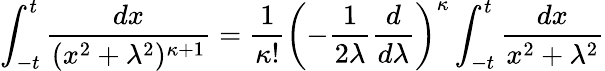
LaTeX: \int_{-t}^{t}\frac{dx}{(x^{2}+\lambda^{2})^{\kappa+1}}=\frac{1}{\kappa!}\left(-\frac{1}{2\lambda}\frac{d}{d\lambda}\right)^{\kappa}\int_{-t}^{t}\frac{dx}{x^{2}+\lambda^{2}}